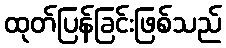
ထုတ်ပြန်ခြင်းဖြစ်သည်